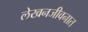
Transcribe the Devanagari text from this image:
लेखनजीवनात